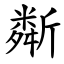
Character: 斴